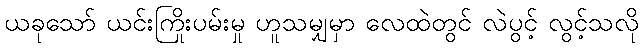
ယခုသော် ယင်းကြိုးပမ်းမှု ဟူသမျှမှာ လေထဲတွင် လဲပွင့် လွင့်သလို